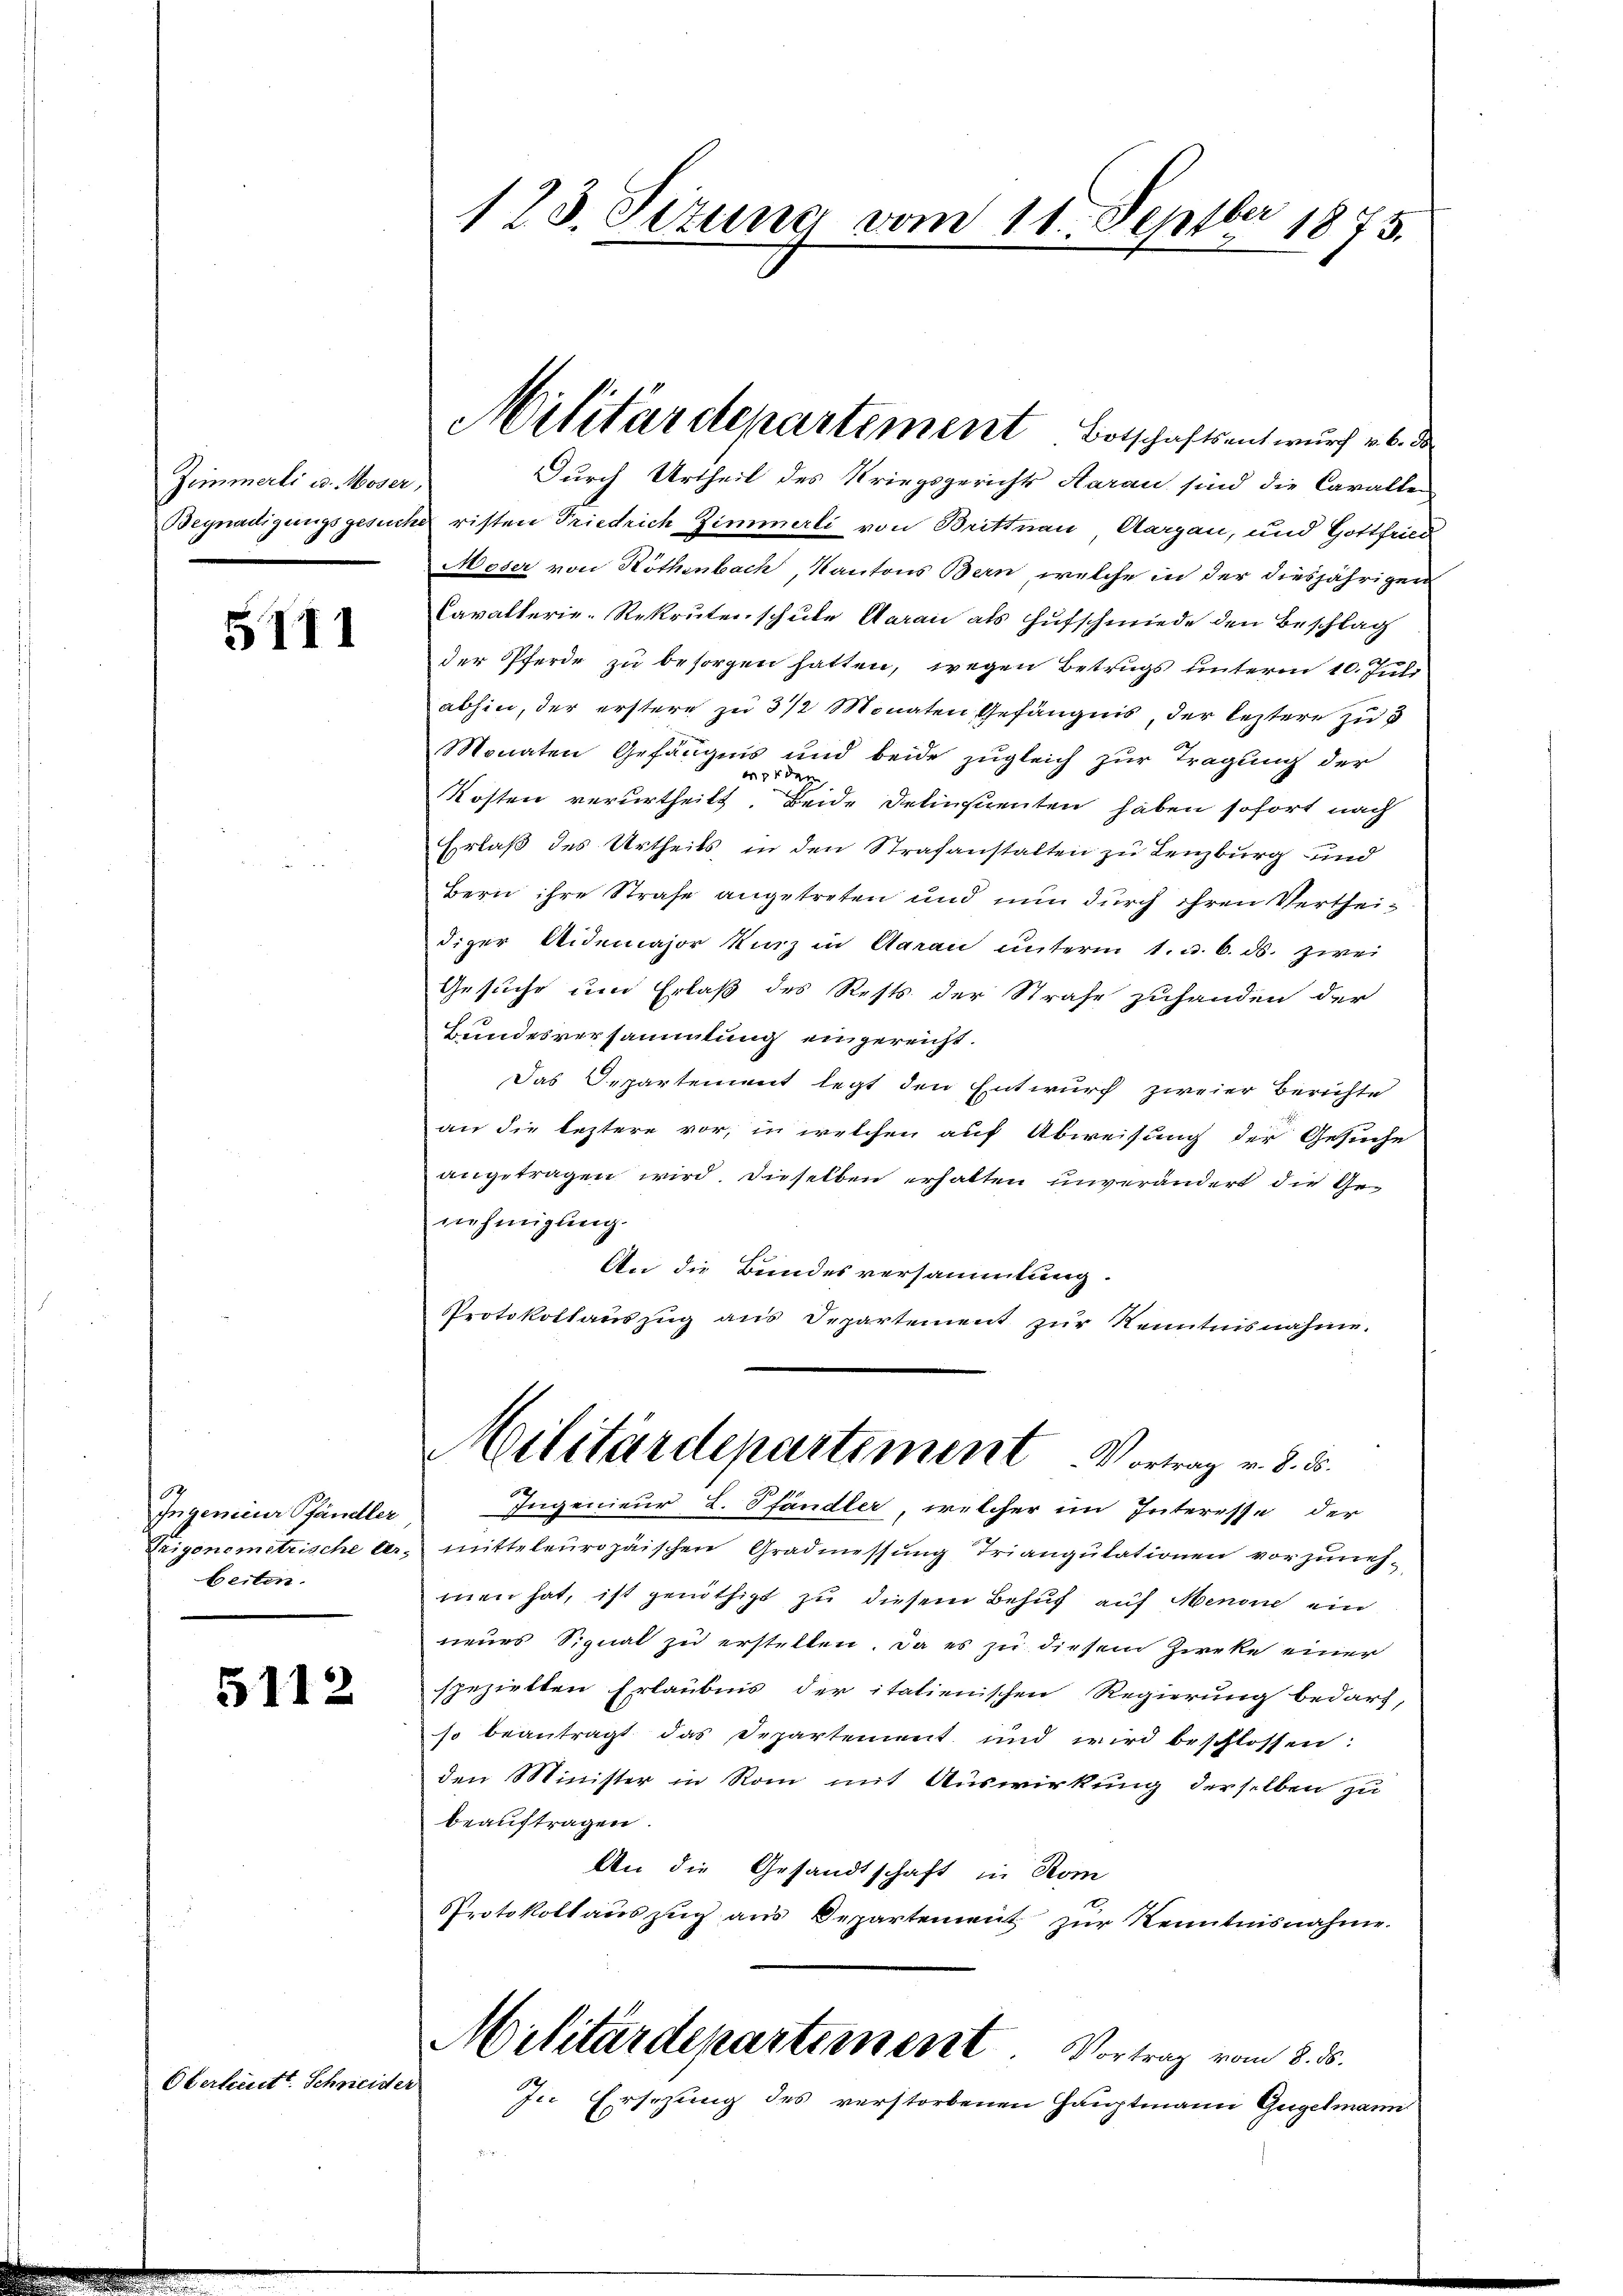
Zimmerli u. Moser,

5111

2
Ingenieur Pfändler
Trigonometrische Ar-
beiten.

5112

Oberlitt. Schneider

123. Sizung vom 11. Septbr 1875.

Durch Urtheil des Kriegsgerichts Aarau sind die Cavalle
Begnadigungsgesuche risten Friedrich Zimmerli von Brittnau, Aargau, und Gottfried
Moser von Röthenbach, Kantons Bern, welche in der diesjährigen
Cavallerie-Rekruten schule Aarau als Hufschmiede den Beschlag
der Pferde zu besorgen hatten, wegen Betrugs unterm 10. Juli
abhin, der erstere zu 3 1/2 Monaten Gefängnis, der leztere zu
Monaten Gefängnis und beide zugleich zur Tragung der
Kosten verurtheilt. Beide Delinquenten haben sofort nach
Erlaß des Urtheils, in den Strafanstalten zu Lenzburg und
Bern ihre Strafe angetreten und nun durch ihren Vertheidiger Aidemajor Kurz in Aarau unterm 1. u. 6. ds. zwei
Gesuche um Erlaß des Rests der Strafe zuhanden der
Bundesversammlung eingereicht.
Das Departement legt den Entwurf zweier Berichte
an die leztere vor, in welchen auf Abweisung der Gesuche
angetragen wird. Dieselben erhalten unverändert die Genehmigung.
An die Bundesversammlung.
Protokollauszug aus Departement zur Kenntnisnahme.
Militärdepartement Vortrag v. d. 5.
Ingenieur L. Pfändler, welcher im Interesse der
mitteleuropäischen Gradmessung Triangutationen vorzunehmen hat, ist genöthigt zu diesem Behuf auf Menone ein
neues Signat zu erstellen. Da es zu diesem Zirke einer
spezielten Erlaubnis der italienischen Regierung bedarf,
so beantragt das Departement und wird beschlossen:
den Minister in Rom mit Auswirkung derselben zu
beauftragen.
An die Gesandtschaft in Rom
Protokoll auszug aus Departement zur Kenntnisnahme.
Militärdepartement. Vortrag vom 8. d.
In Ersezung des verstorbenen Hauptmann Gugelmann

Militärdepartement Botschaftsentwurf v. 6. de